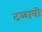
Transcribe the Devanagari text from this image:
टळावी